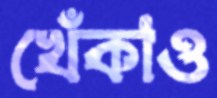
খেঁকাও